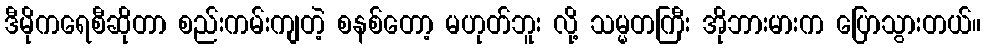
ဒီမိုကရေစီဆိုတာ စည်းကမ်းကျတဲ့ စနစ်တော့ မဟုတ်ဘူး လို့ သမ္မတကြီး အိုဘားမားက ပြောသွားတယ်။